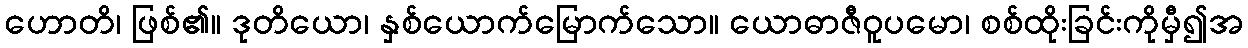
ဟောတိ၊ ဖြစ်၏။ ဒုတိယော၊ နှစ်ယောက်မြောက်သော။ ယောဓာဇီဝူပမော၊ စစ်ထိုးခြင်းကိုမှီ၍အ